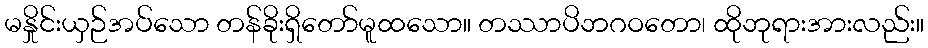
မနှိုင်းယှဉ်အပ်သော တန်ခိုးရှိတော်မူထသော။ တဿာပိဘဂဝတော၊ ထိုဘုရားအားလည်း။